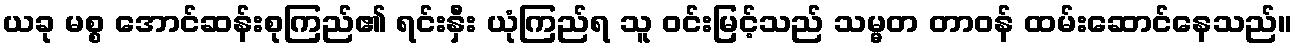
ယခု မစ္စ အောင်ဆန်းစုကြည်၏ ရင်းနှီး ယုံကြည်ရ သူ ဝင်းမြင့်သည် သမ္မတ တာဝန် ထမ်းဆောင်နေသည်။